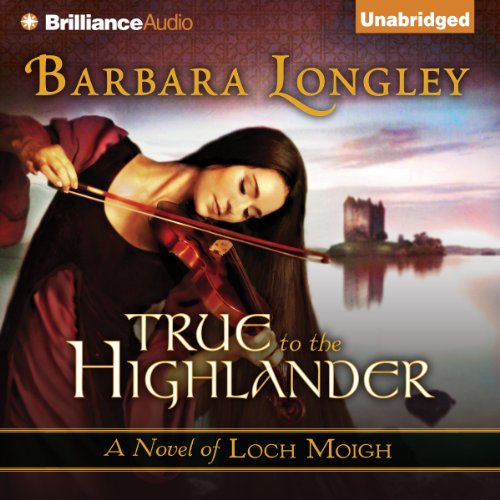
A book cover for True to the Highlander: Loch Moigh, Book 1; Barbara Longley; Romance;